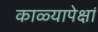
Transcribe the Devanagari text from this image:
काळ्यापेक्षां